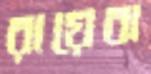
রায়েবা